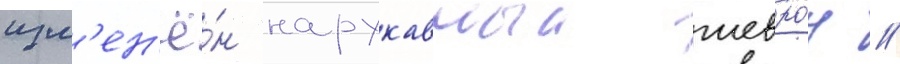
изм'ен'ё́н нарукавныи шевро́н /